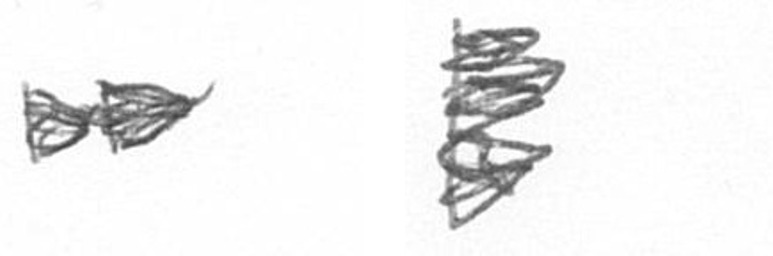
A H